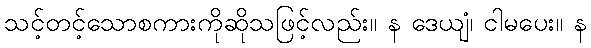
သင့်တင့်သောစကားကိုဆိုသဖြင့်လည်း။ န ဒေယျံ၊ ငါမပေး။ န